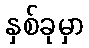
နှစ်ခုမှာ